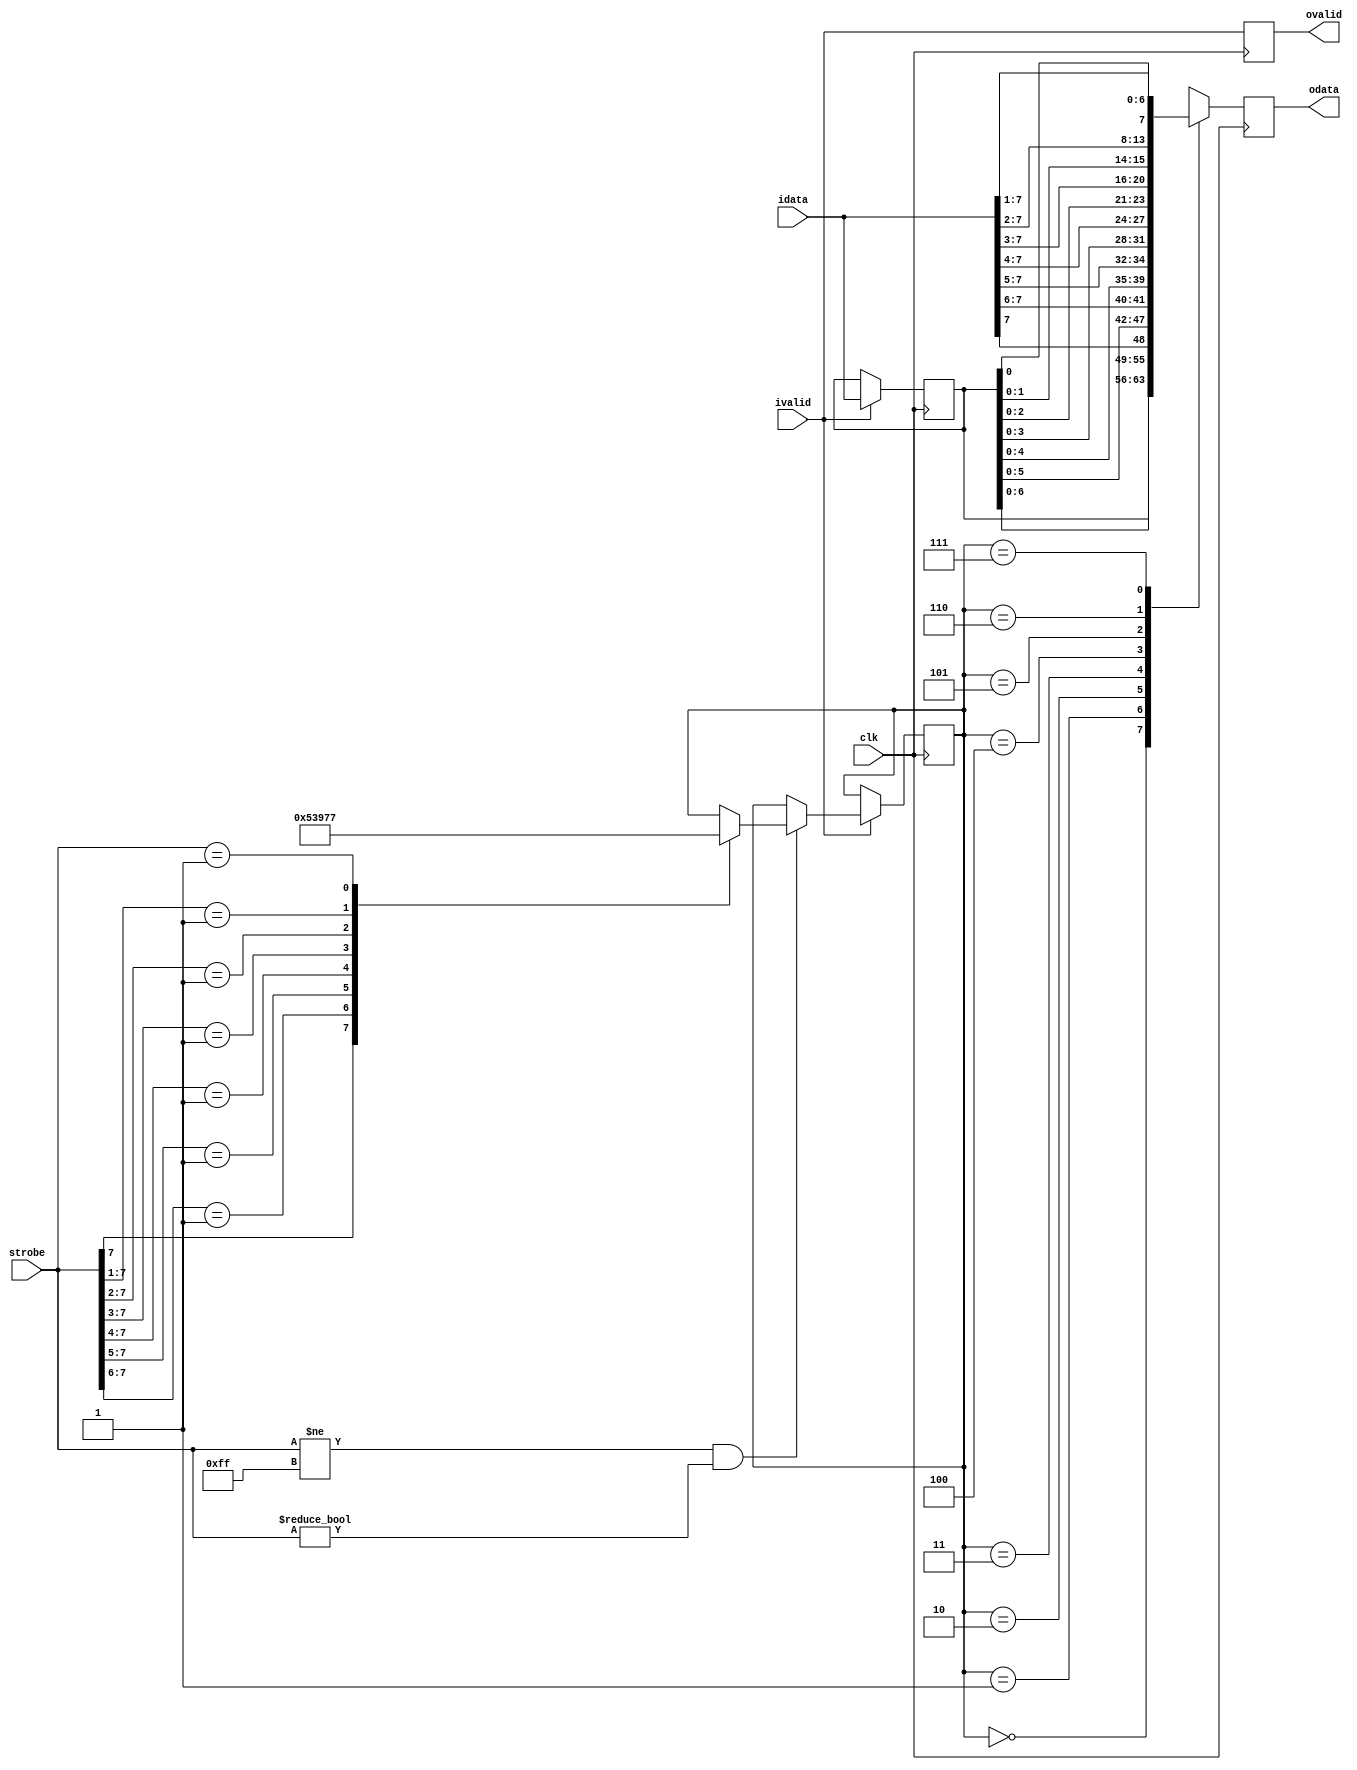
// ***************************************************************************
// ***************************************************************************
// Copyright 2014 - 2020 (c) Analog Devices, Inc. All rights reserved.
//
// In this HDL repository, there are many different and unique modules, consisting
// of various HDL (Verilog or VHDL) components. The individual modules are
// developed independently, and may be accompanied by separate and unique license
// terms.
//
// The user should read each of these license terms, and understand the
// freedoms and responsibilities that he or she has by using this source/core.
//
// This core is distributed in the hope that it will be useful, but WITHOUT ANY
// WARRANTY; without even the implied warranty of MERCHANTABILITY or FITNESS FOR
// A PARTICULAR PURPOSE.
//
// Redistribution and use of source or resulting binaries, with or without modification
// of this file, are permitted under one of the following two license terms:
//
//   1. The GNU General Public License version 2 as published by the
//      Free Software Foundation, which can be found in the top level directory
//      of this repository (LICENSE_GPL2), and also online at:
//      <https://www.gnu.org/licenses/old-licenses/gpl-2.0.html>
//
// OR
//
//   2. An ADI specific BSD license, which can be found in the top level directory
//      of this repository (LICENSE_ADIBSD), and also on-line at:
//      https://github.com/analogdevicesinc/hdl/blob/master/LICENSE_ADIBSD
//      This will allow to generate bit files and not release the source code,
//      as long as it attaches to an ADI device.
//
// ***************************************************************************
// ***************************************************************************

`timescale 1ns/100ps

module adrv9001_aligner8 (
  input             clk,
  input       [7:0] idata,
  input             ivalid,
  input       [7:0] strobe,
  output reg  [7:0] odata,
  output            ovalid
);

  reg [7:0] idata_d = 'b0;
  reg       ivalid_d = 'b0;

  always @(posedge clk) begin
    if (ivalid) begin
      idata_d <= idata;
    end
    ivalid_d <= ivalid;
  end

  reg [2:0] phase = 'h0;
  always @(posedge clk) begin
    if (ivalid) begin
      if ((strobe != 'b1111_1111) && (strobe != 'b0000_0000)) begin
        casex (strobe)
          'b1xxx_xxxx : phase <= 0;
          'b01xx_xxxx : phase <= 1;
          'b001x_xxxx : phase <= 2;
          'b0001_xxxx : phase <= 3;
          'b0000_1xxx : phase <= 4;
          'b0000_01xx : phase <= 5;
          'b0000_001x : phase <= 6;
          'b0000_0001 : phase <= 7;
          default     : phase <= phase;
        endcase
      end
    end
  end

  always @(posedge clk) begin
    case (phase)
      0 : odata <= idata_d;
      1 : odata <= {idata_d[6:0],idata[7:7]};
      2 : odata <= {idata_d[5:0],idata[7:6]};
      3 : odata <= {idata_d[4:0],idata[7:5]};
      4 : odata <= {idata_d[3:0],idata[7:4]};
      5 : odata <= {idata_d[2:0],idata[7:3]};
      6 : odata <= {idata_d[1:0],idata[7:2]};
      7 : odata <= {idata_d[0:0],idata[7:1]};
    endcase
  end
  assign ovalid = ivalid_d;

endmodule